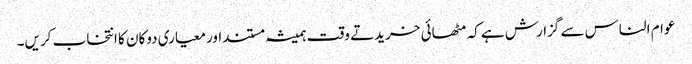
عوام الناس سے گزارش ہے کہ مٹھائی خریدتے وقت ہمیشہ مستنداورمعیاری دوکان کا انتخاب کریں۔